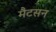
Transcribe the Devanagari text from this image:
मैटसन